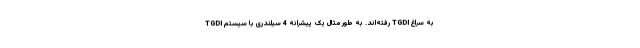
به سراغ TGDI رفته‌اند. به طور مثال یک پیشرانه 4 سیلندری با سیستم TGDI